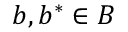
b , b ^ { * } \in B